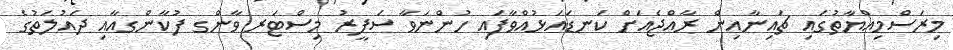
މިރަސްމިއްޔާތުގައި ޗައިނާއިން ރާއްޖެއަށް ކަނޑައަޅުއްވާފައި ހުންނަވާ ސަފީރު މިސްޓަރ ވާންގ ފުކާންގއާއި ދައުލަތުގެ